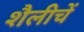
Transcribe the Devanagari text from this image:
शैलीचें